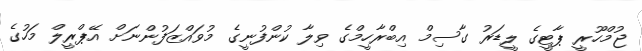
ޖުމްހޫރީ ޕާޓީގެ ލީޑަރު ގާސިމް އިބްރާހީމްގެ ވިލާ ކުންފުނީގެ މުވައްޒަފުންނަށް އޭޕްރީލް މަހުގެ